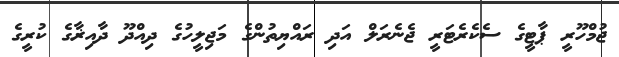
ޖުމްހޫރީ ޕާޓީގެ ސެކެރެޓަރީ ޖެނެރަލް އަދި ރައްޔިތުންގެ މަޖިލީހުގެ ދިއްދޫ ދާއިޜާގެ ކުރީގެ